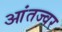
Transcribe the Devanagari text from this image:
आंतज्वर